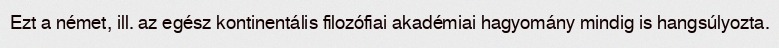
Ezt a német, ill. az egész kontinentális filozófiai akadémiai hagyomány mindig is hangsúlyozta.